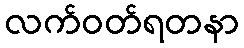
လက်ဝတ်ရတနာ